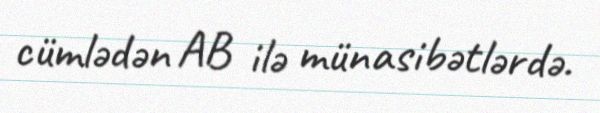
cümlədən AB ilə münasibətlərdə.